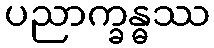
ပညာက္ခန္ဓဿ